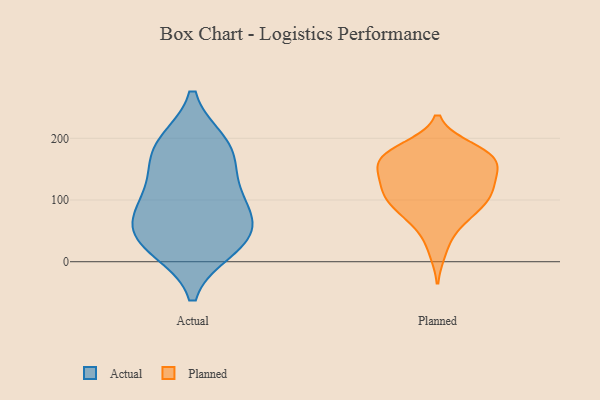
{"axis": {"x": "Energy Usage (MWh)", "y": "Value"}, "legend": ["Actual", "Planned"], "data": [{"x": "", "y": 31, "type": "Actual"}, {"x": "", "y": 104, "type": "Actual"}, {"x": "", "y": 183, "type": "Actual"}, {"x": "", "y": 53, "type": "Actual"}, {"x": "", "y": 116, "type": "Actual"}, {"x": "", "y": 190, "type": "Actual"}, {"x": "", "y": 173, "type": "Actual"}, {"x": "", "y": 45, "type": "Actual"}, {"x": "", "y": 78, "type": "Actual"}, {"x": "", "y": 23, "type": "Actual"}, {"x": "", "y": 144, "type": "Planned"}, {"x": "", "y": 90, "type": "Planned"}, {"x": "", "y": 171, "type": "Planned"}, {"x": "", "y": 57, "type": "Planned"}, {"x": "", "y": 136, "type": "Planned"}, {"x": "", "y": 116, "type": "Planned"}, {"x": "", "y": 73, "type": "Planned"}, {"x": "", "y": 109, "type": "Planned"}, {"x": "", "y": 151, "type": "Planned"}, {"x": "", "y": 171, "type": "Planned"}, {"x": "", "y": 181, "type": "Planned"}, {"x": "", "y": 109, "type": "Planned"}, {"x": "", "y": 106, "type": "Planned"}, {"x": "", "y": 81, "type": "Planned"}, {"x": "", "y": 184, "type": "Planned"}, {"x": "", "y": 18, "type": "Planned"}, {"x": "", "y": 117, "type": "Planned"}, {"x": "", "y": 166, "type": "Planned"}, {"x": "", "y": 171, "type": "Planned"}, {"x": "", "y": 155, "type": "Planned"}]}